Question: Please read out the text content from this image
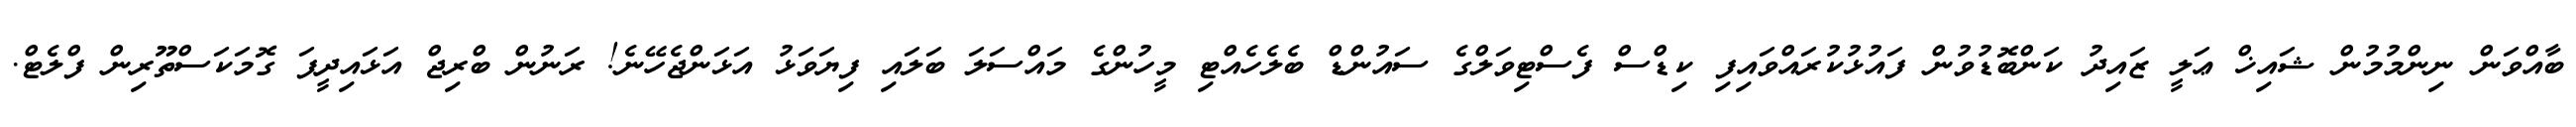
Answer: ބާއްވަން ނިންމުމުން ޝައިޚް ޢަލީ ޒައިދު ކަންބޮޑުވުން ފައުޅުކުރައްވައިފި ކިޑްސް ފެސްޓިވަލްގެ ސައުންޑް ބެލެހެއްޓި މީހުންގެ މައްސަލަ ބަލައި ފިޔަވަޅު އަޅަންޖެހޭނެ! ރަނުން ބްރިޖް އަޅައިދީފަ ގޮމަކަސްތޫރިން ފްލެޓް.